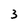
Character: 3